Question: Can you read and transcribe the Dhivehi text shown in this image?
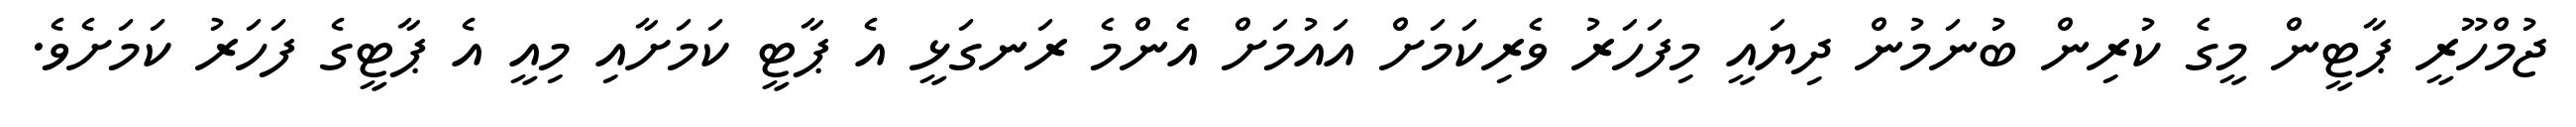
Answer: ޖުމްހޫރީ ޕާޓީން މީގެ ކުރިން ބުނަމުން ދިޔައީ މިފަހަރު ވެރިކަމަށް އައުމަށް އެންމެ ރަނގަޅީ އެ ޕާޓީ ކަމަށާއި މިއީ އެ ޕާޓީގެ ފަހަރު ކަމަށެވެ.